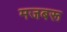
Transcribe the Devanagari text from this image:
मजबरू